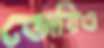
জেরিও